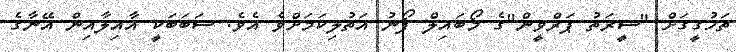
ތަހުގީގަށް "ސީރަތު ޕަރްވީން"ގެ މޯބައިލް ފޯނު އަތުލިކަމަށްވެ އެވެ. ސަބަބަކީ އާއިލާއިން އޭނާގެ